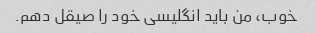
خوب، من باید انگلیسی خود را صیقل دهم.